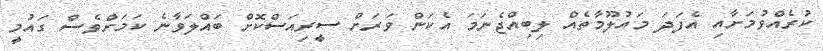
ކުރެއްވުމަށާއި އެފަދަ މައުލޫމާތެއް ލިބިއްޖެނަމަ އެކަން ވަރަށް ސީރިއަސްކޮށް ބައްލަވާނެ ކަމަށްވެސް ގައުމީ